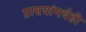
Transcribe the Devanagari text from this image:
प्राण्यांमधेही